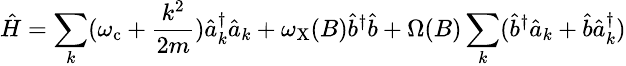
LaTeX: {\small\hat{H}=\sum_{k}(\omega_{\mathrm{{c}}}+\frac{k^{2}}{2m})\hat{a}_{k}^{\dagger}\hat{a}_{k}+\omega_{\mathrm{X}}(B)\hat{b}^{\dagger}\hat{b}+\Omega(B)\sum_{k}(\hat{b}^{\dagger}\hat{a}_{k}+\hat{b}\hat{a}_{k}^{\dagger})}